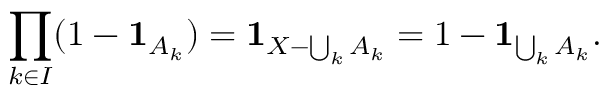
\prod _ { k \in I } ( 1 - \mathbf { 1 } _ { A _ { k } } ) = \mathbf { 1 } _ { X - \bigcup _ { k } A _ { k } } = 1 - \mathbf { 1 } _ { \bigcup _ { k } A _ { k } } .